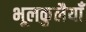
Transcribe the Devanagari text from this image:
भूलकुलैयाँ